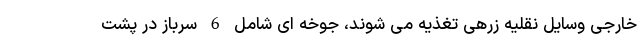
خارجی وسایل نقلیه زرهی تغذیه می شوند، جوخه ای شامل 6 سرباز در پشت